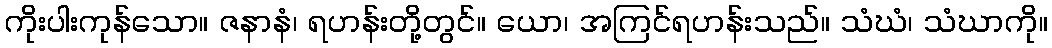
ကိုးပါးကုန်သော။ ဇနာနံ၊ ရဟန်းတို့တွင်။ ယော၊ အကြင်ရဟန်းသည်။ သံဃံ၊ သံဃာကို။